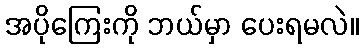
အပိုကြေးကို ဘယ်မှာ ပေးရမလဲ။